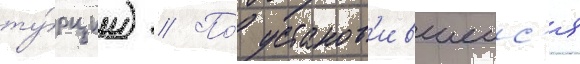
ту́рции) // По́ установ'ившеис'я